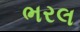
ભરલ